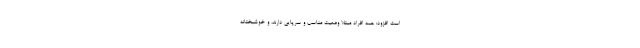
است افزود: همه افراد مبتلا وضعیت مناسب و سرپایی دارند، و خوشبختانه